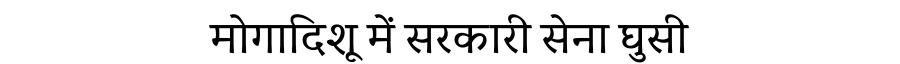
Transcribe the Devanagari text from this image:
मोगादिशू में सरकारी सेना घुसी